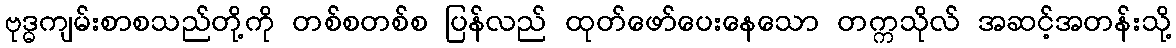
ဗုဒ္ဓကျမ်းစာစသည်တို့ကို တစ်စတစ်စ ပြန်လည် ထုတ်ဖော်ပေးနေသော တက္ကသိုလ် အဆင့်အတန်းသို့